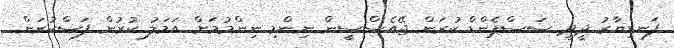
ފަނޑިޔާރު ދީދީ ސަސްޕެންޑް ކުރަން ޖޭއެސްސީން ނިންމި ނިންމުމަށް އަމަލު ކުރުން ފަސްކުރަން